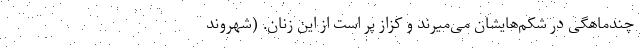
چندماهگی در شکم‌هایشان می‌میرند و کزاز پر است از این زنان. (شهروند